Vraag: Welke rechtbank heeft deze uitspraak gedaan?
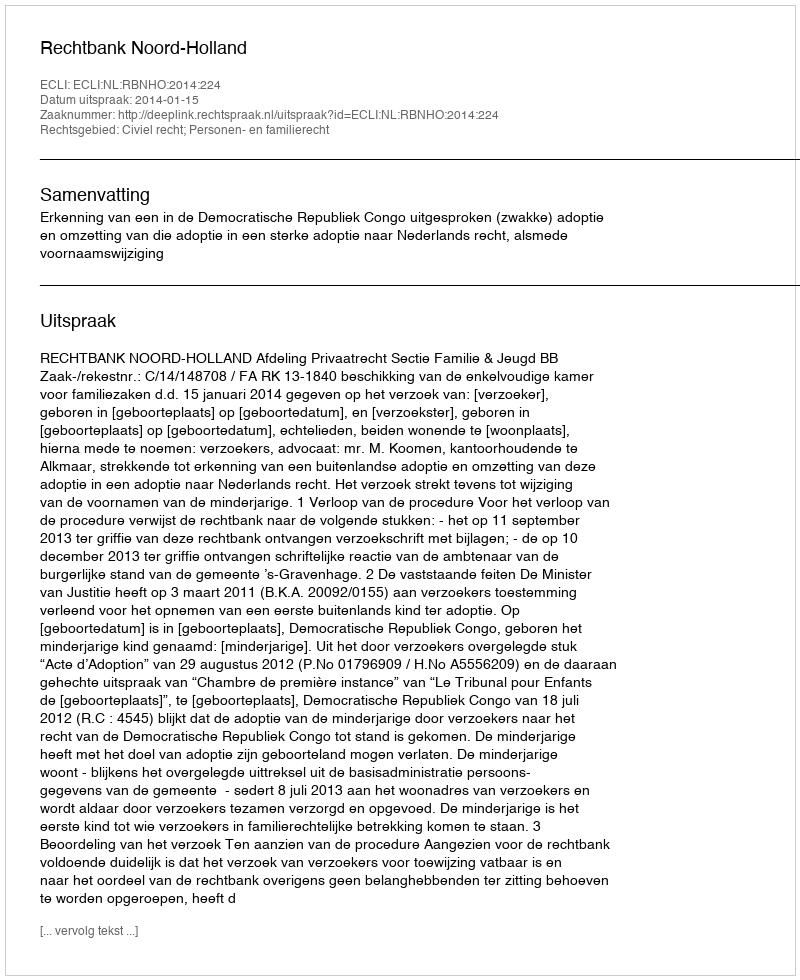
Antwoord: Rechtbank Noord-Holland